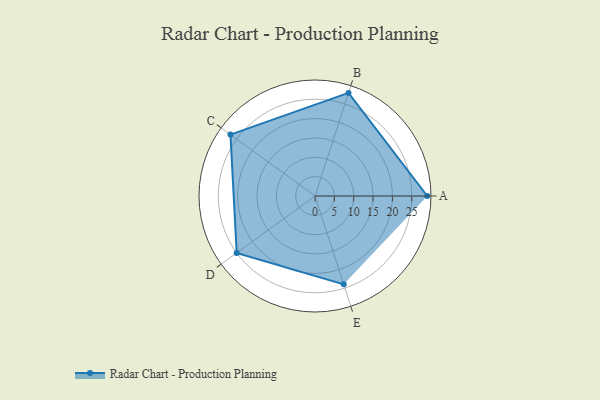
{"axis": {"x": "Skill", "y": "Score"}, "legend": ["Profile"], "data": [{"x": "A", "y": 29.0, "type": "Profile"}, {"x": "B", "y": 28.0, "type": "Profile"}, {"x": "C", "y": 27.0, "type": "Profile"}, {"x": "D", "y": 25.0, "type": "Profile"}, {"x": "E", "y": 24.0, "type": "Profile"}]}